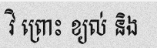
វិ ព្រោះ ខ្យល់ និង